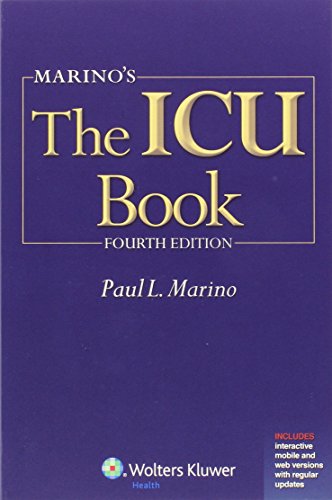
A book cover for Marino's The ICU Book: Print + Ebook with Updates (ICU Book (Marino)); Paul L. Marino MD  PhD  FCCM; Medical Books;